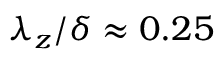
{ \lambda } _ { z } / \delta \approx 0 . 2 5